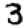
Digit: 3